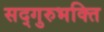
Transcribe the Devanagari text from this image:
सद्गुरुभक्ति